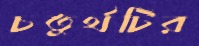
চতুর্থটির